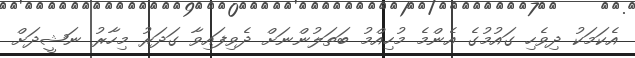
އެކަމަކު ދިވެހި ގައުމުގެ އެންމެ މުހިއްމު ބަތަލުންނަށް ދެވިފައިވާ ގަދަރު މިހާރު ނަޝީދަށް